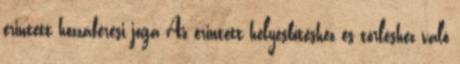
érintett hozzáférési joga Az érintett helyesbítéshez és törléshez való